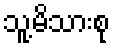
သူ့မိသားစု